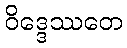
ဝိဒ္ဒေဿတေ